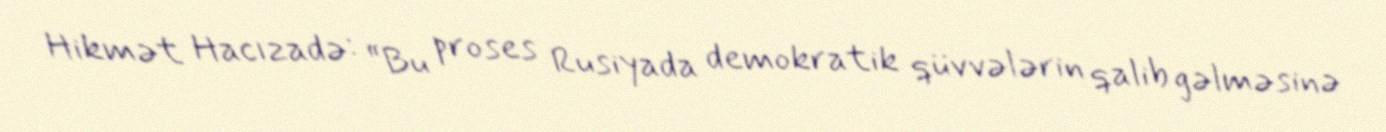
Hikmət Hacızadə: “Bu proses Rusiyada demokratik qüvvələrin qalib gəlməsinə